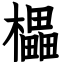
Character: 櫑